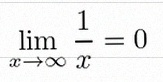
\lim_{x\to\infty}\frac{1}{x}=0